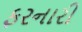
ફરનારી